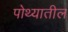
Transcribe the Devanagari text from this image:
पोथ्यातील